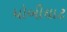
ધોબીઘાટ